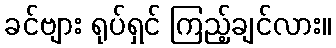
ခင်ဗျား ရုပ်ရှင် ကြည့်ချင်လား။